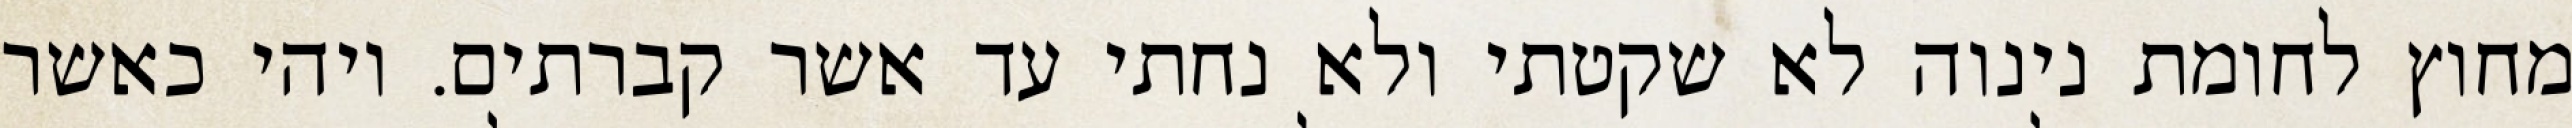
מחוץ לחומת נינוה לא שקטתי ולא נחתי עד אשר קברתים. ויהי כאשר